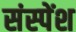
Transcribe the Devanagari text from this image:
संस्‍पेंश